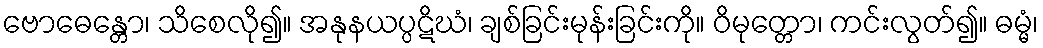
ဗောဓေန္တော၊ သိစေလို၍။ အနုနယပ္ပဋိဃံ၊ ချစ်ခြင်းမုန်းခြင်းကို။ ဝိမုတ္တော၊ ကင်းလွတ်၍။ ဓမ္မံ၊